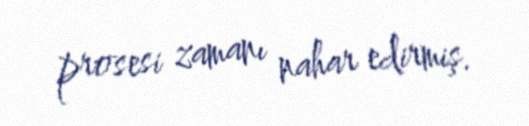
prosesi zamanı nahar edirmiş.